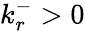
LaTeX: k_{r}^{-}>0